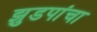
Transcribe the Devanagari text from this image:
झुडपांचा